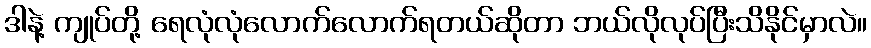
ဒါနဲ့ ကျုပ်တို့ ရေလုံလုံလောက်လောက်ရတယ်ဆိုတာ ဘယ်လိုလုပ်ပြီးသိနိုင်မှာလဲ။